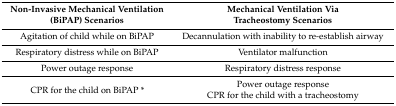
<table><thead><tr><td><b>Non-Invasive Mechanical Ventilation (BiPAP) Scenarios</b></td><td><b>Mechanical Ventilation Via Tracheostomy Scenarios</b></td></tr></thead><tbody><tr><td>Agitation of child while on BiPAP</td><td>Decannulation with inability to re-establish airway</td></tr><tr><td>Respiratory distress while on BiPAP</td><td>Ventilator malfunction</td></tr><tr><td>Power outage response</td><td>Respiratory distress response</td></tr><tr><td rowspan="2">CPR for the child on BiPAP *</td><td>Power outage response</td></tr><tr><td>CPR for the child with a tracheostomy</td></tr></tbody></table>